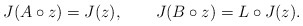
\begin{align*}J(A\circ z) = J(z), \qquad J(B\circ z) = L\circ J(z).\end{align*}